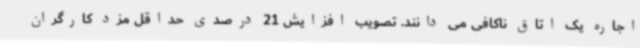
اجاره یک اتاق ناکافی می دانند. تصویب افزایش 21 درصدی حداقل مزد کارگران